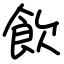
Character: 飲